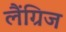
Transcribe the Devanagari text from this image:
लैंग्रिज